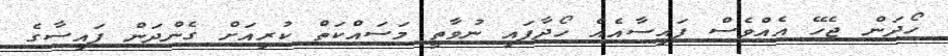
ހޯދަން ޖެހޭ އެއްވެސް ފައިސާއެއް ހޯދާފައި ނުވާތީ މަސައްކަތް ކުރިއަށް ގެންދަން ފައިސާގެ